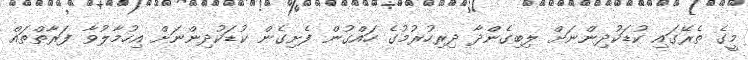
މީގެ ތެރޭގައި ކުޑަކުދިންނަށް ލިބިގެންދާ ދިރިހުރުމުގެ ހައްގުން ފެށިގެން ކުޑަކުދިންނަށް އިހުމާލުވާ ފަރާތްތައް